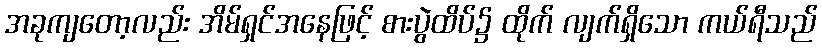
အခုကျတော့လည်း အိမ်ရှင်အနေဖြင့် စားပွဲထိပ်၌ ထိုက် လျက်ရှိသော ကယ်ရီသည်